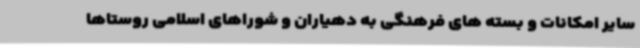
سایر امکانات و بسته های فرهنگی به دهیاران و شوراهای اسلامی روستاها